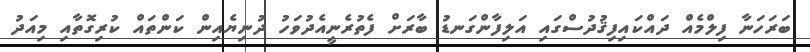
ބަރަހަނާ ފިލްމެއް ދައްކައިފިޤުދުސްގައި އަލިފާންގަނޑު ބާރަށް ފެތުރެނީއެދުވަހު ދުނިޔެއިން ކަންތައް ކުރިގޮތާއި މިއަދު